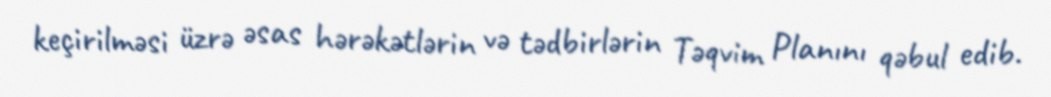
keçirilməsi üzrə əsas hərəkətlərin və tədbirlərin Təqvim Planını qəbul edib.